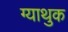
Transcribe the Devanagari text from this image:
ग्याथुक